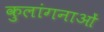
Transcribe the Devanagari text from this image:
कुलांगनाओं